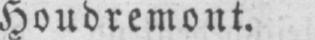
Houdremont.